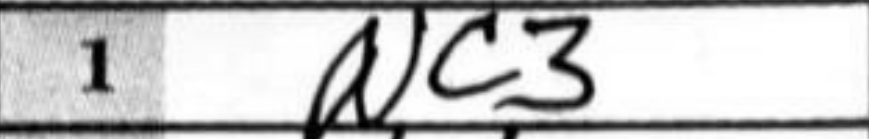
Transcription: Nc3